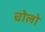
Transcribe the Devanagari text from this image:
चोलो